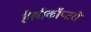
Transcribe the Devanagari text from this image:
हैलीकॉप्टरो